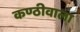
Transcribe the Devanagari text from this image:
कण्ठीवाला